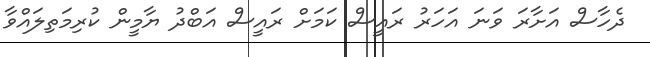
ދެހާސް އަށާރަ ވަނަ އަހަރު ރައީސް ކަމަށް ރައީސް އަބްދު ޔާމީން ކުރިމަތިލައްވާ